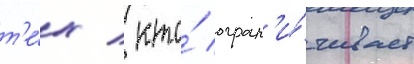
т'е́х / кто́ огран'и́чивает